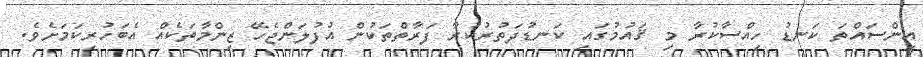
އިންސައްތަ ކަނޑު ހިއްސާކުރާ މި ޤައުމުގައި ކަނޑުދަތުރުކުރާ ފަރާތްތަކުން އުފުލަންޖެހޭ ޒިންމާތަކެއް އެބަހުރިކަމަށެވެ.